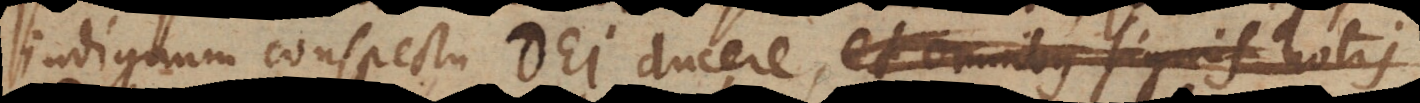
indignum conspectu Dei ducere, et omnibus signis notis